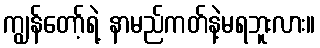
ကျွန်တော့်ရဲ့ နာမည်ကတ်နဲ့မရဘူးလား။